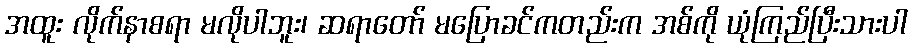
အထူး လိုက်နာစရာ မလိုပါဘူး၊ ဆရာတော် မပြောခင်ကတည်းက အစ်ကို ယုံကြည်ပြီးသားပါ